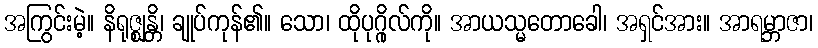
အကြွင်းမဲ့။ နိရုဇ္ဈန္တိ၊ ချုပ်ကုန်၏။ သော၊ ထိုပုဂ္ဂိုလ်ကို။ အာယသ္မတောခေါ၊ အရှင်အား။ အာရမ္ဘာဇာ၊